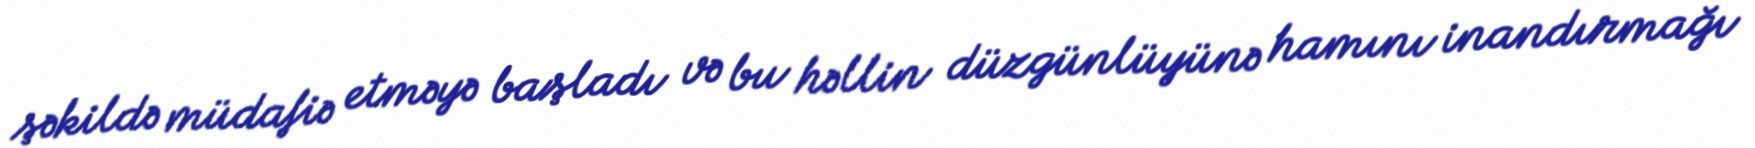
şəkildə müdafiə etməyə başladı və bu həllin düzgünlüyünə hamını inandırmağı